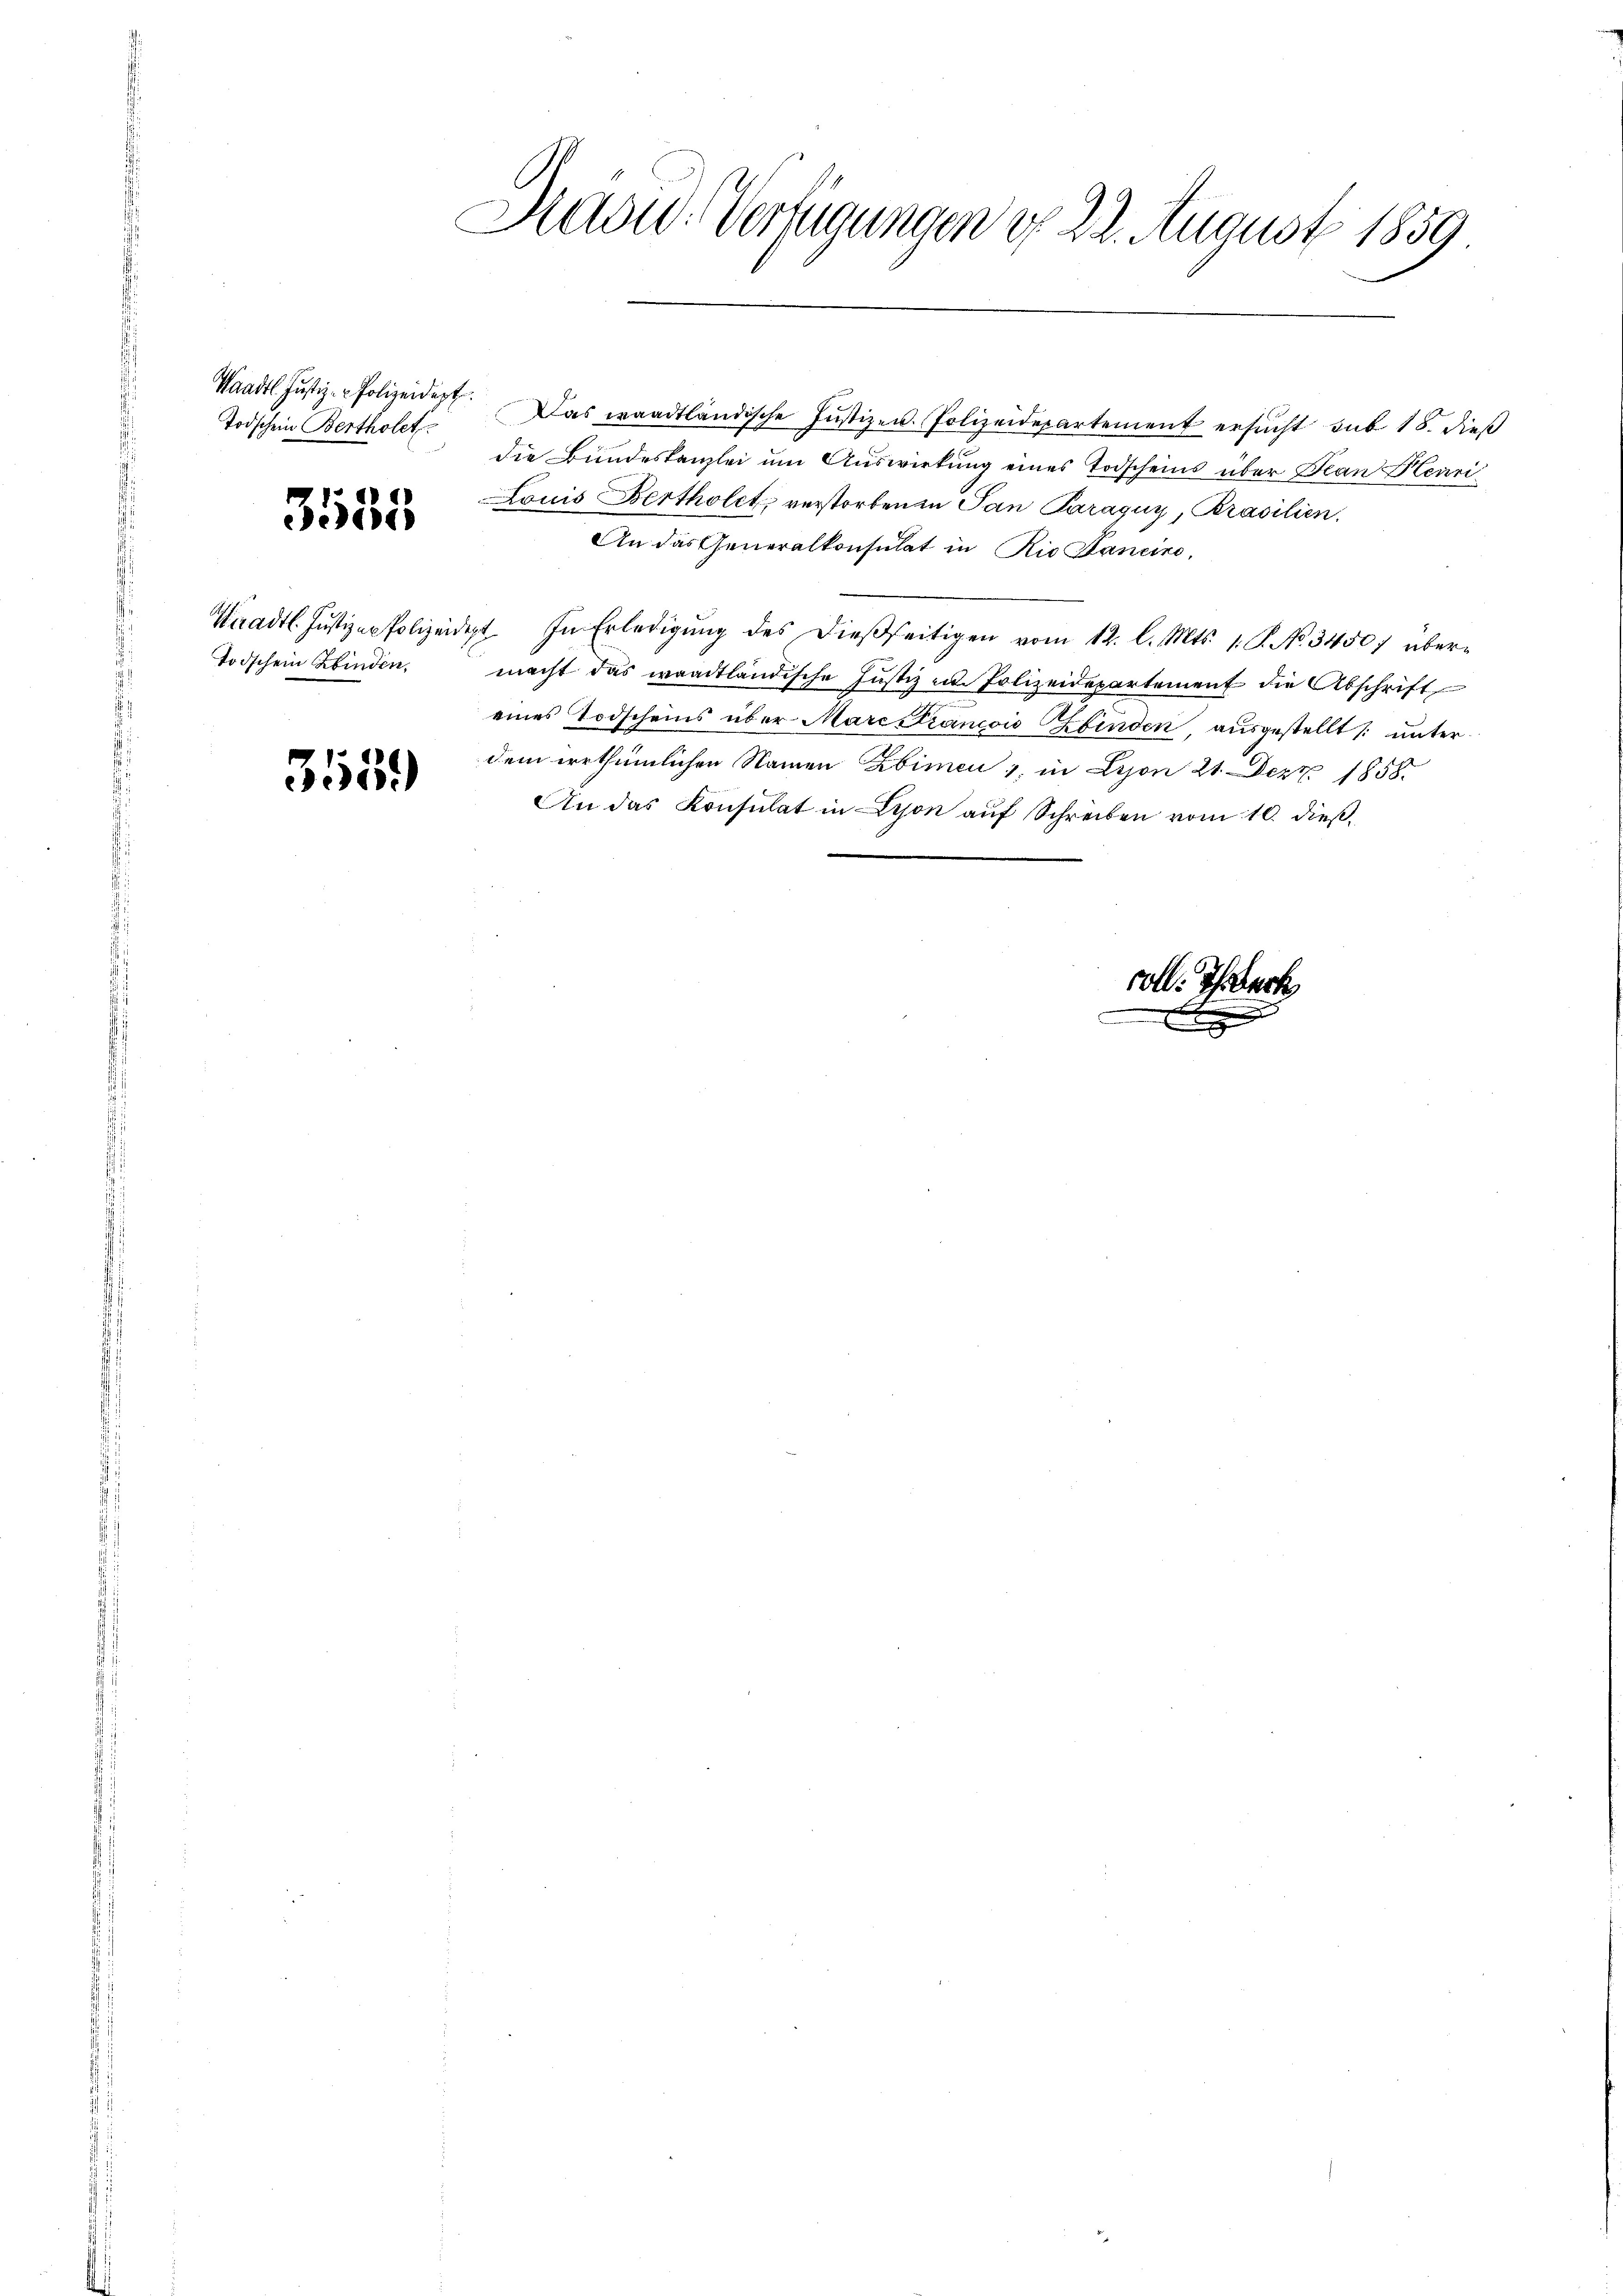
Todschein Bertholet

31135

Waadt. Justizen Polizei.
Todschein binden,

355.

Aad: Verfügungen d. 22. August 1859

Waadt Justiz-Polizeidigt. Das waadtländische Justizen Polizeidepartement ersucht sub 18. dieß
die Bundeskanzlei um Auswirkung eines Todscheins über Bean Henri
Louis Bertholet, verstorbenen San Paragny, Prasilien.
An das Generalkonsulat in Rio Sancino,
2. In Erledigŭng des dießseitigen vom 12. l. Mts. 1. P. No. 34507 übermacht das waadtländische Justiz am Polizeidepartement die Abschrift
eines Todscheins über Mare Strancois binden, ausgestellt /: unterdem irrthümlichen Namen Zbimen, in Lyon 21. Dez. 1858.
An das Konsulat in Lyon aŭf Schreiben vom 10. dieβ.

1
x